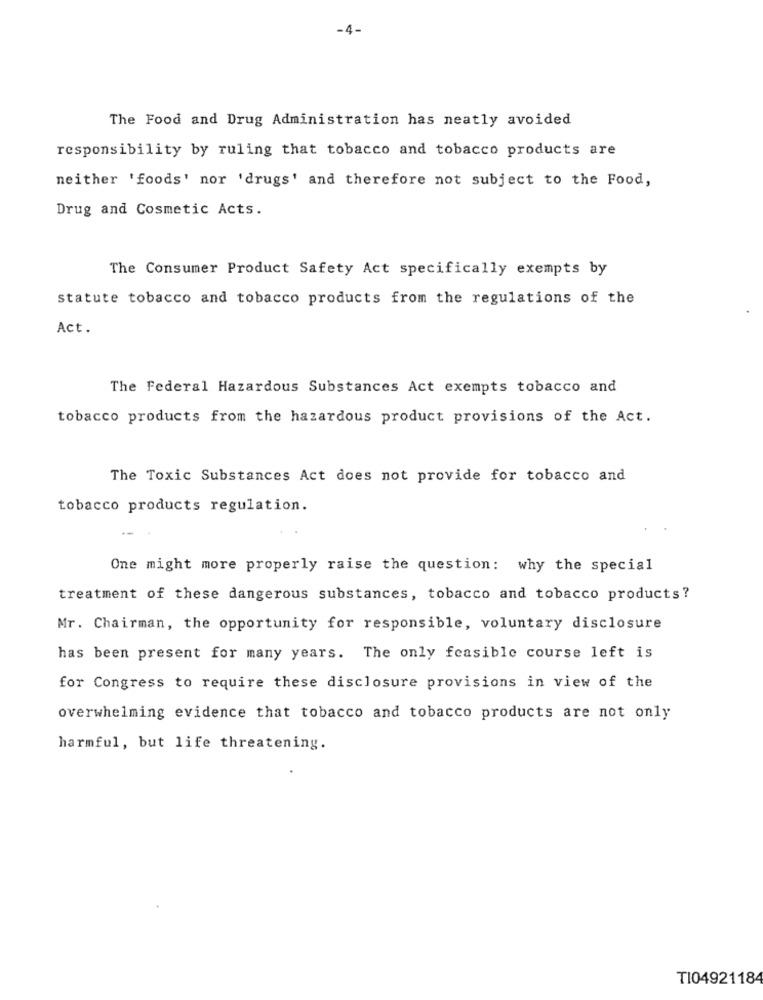
-4-
The Food and Drug Administration has neatly avoided
responsibility by ruling that tobacco and tobacco products are
neither 'foods' nor 'drugs' and therefore not subject to the Food,
Drug and Cosmetic Acts.
The Consumer Product Safety Act specifically exempts by
statute tobacco and tobacco products from the regulations of the
Act.
The Federal Hazardous Substances Act exempts tobacco and
tobacco products from the hazardous product provisions of the Act.
The Toxic Substances Act does not provide for tobacco and
tobacco products regulation.
One might more properly raise the question: why the special
treatment of these dangerous substances, tobacco and tobacco products?
Mr. Chairman, the opportunity for responsible, voluntary disclosure
has been present for many years. The only feasible course left is
for Congress to require these disclosure provisions in view of the
overwhelming evidence that tobacco and tobacco products are not only
harmful, but life threatening.
TI04921184